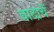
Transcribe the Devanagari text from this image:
वादाचें